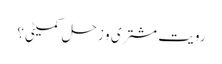
رویت مشتری و زحل کمیٹی؟